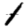
Digit: 1